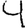
Digit: 4